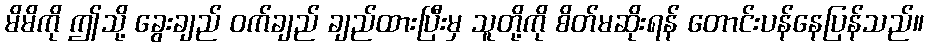
မိမိကို ဤသို့ ခွေးချည် ဝက်ချည် ချည်ထားပြီးမှ သူတို့ကို စိတ်မဆိုးရန် တောင်းပန်နေပြန်သည်။